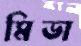
মিডা